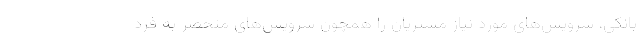
بانکی، سرویس‌های مورد نیاز مشتریان را همچون سرویس‌های منحصر به فرد